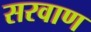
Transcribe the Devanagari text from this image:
सरवाण